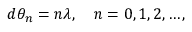
d \theta _ { n } = n \lambda , \quad n = 0 , 1 , 2 , \ldots ,